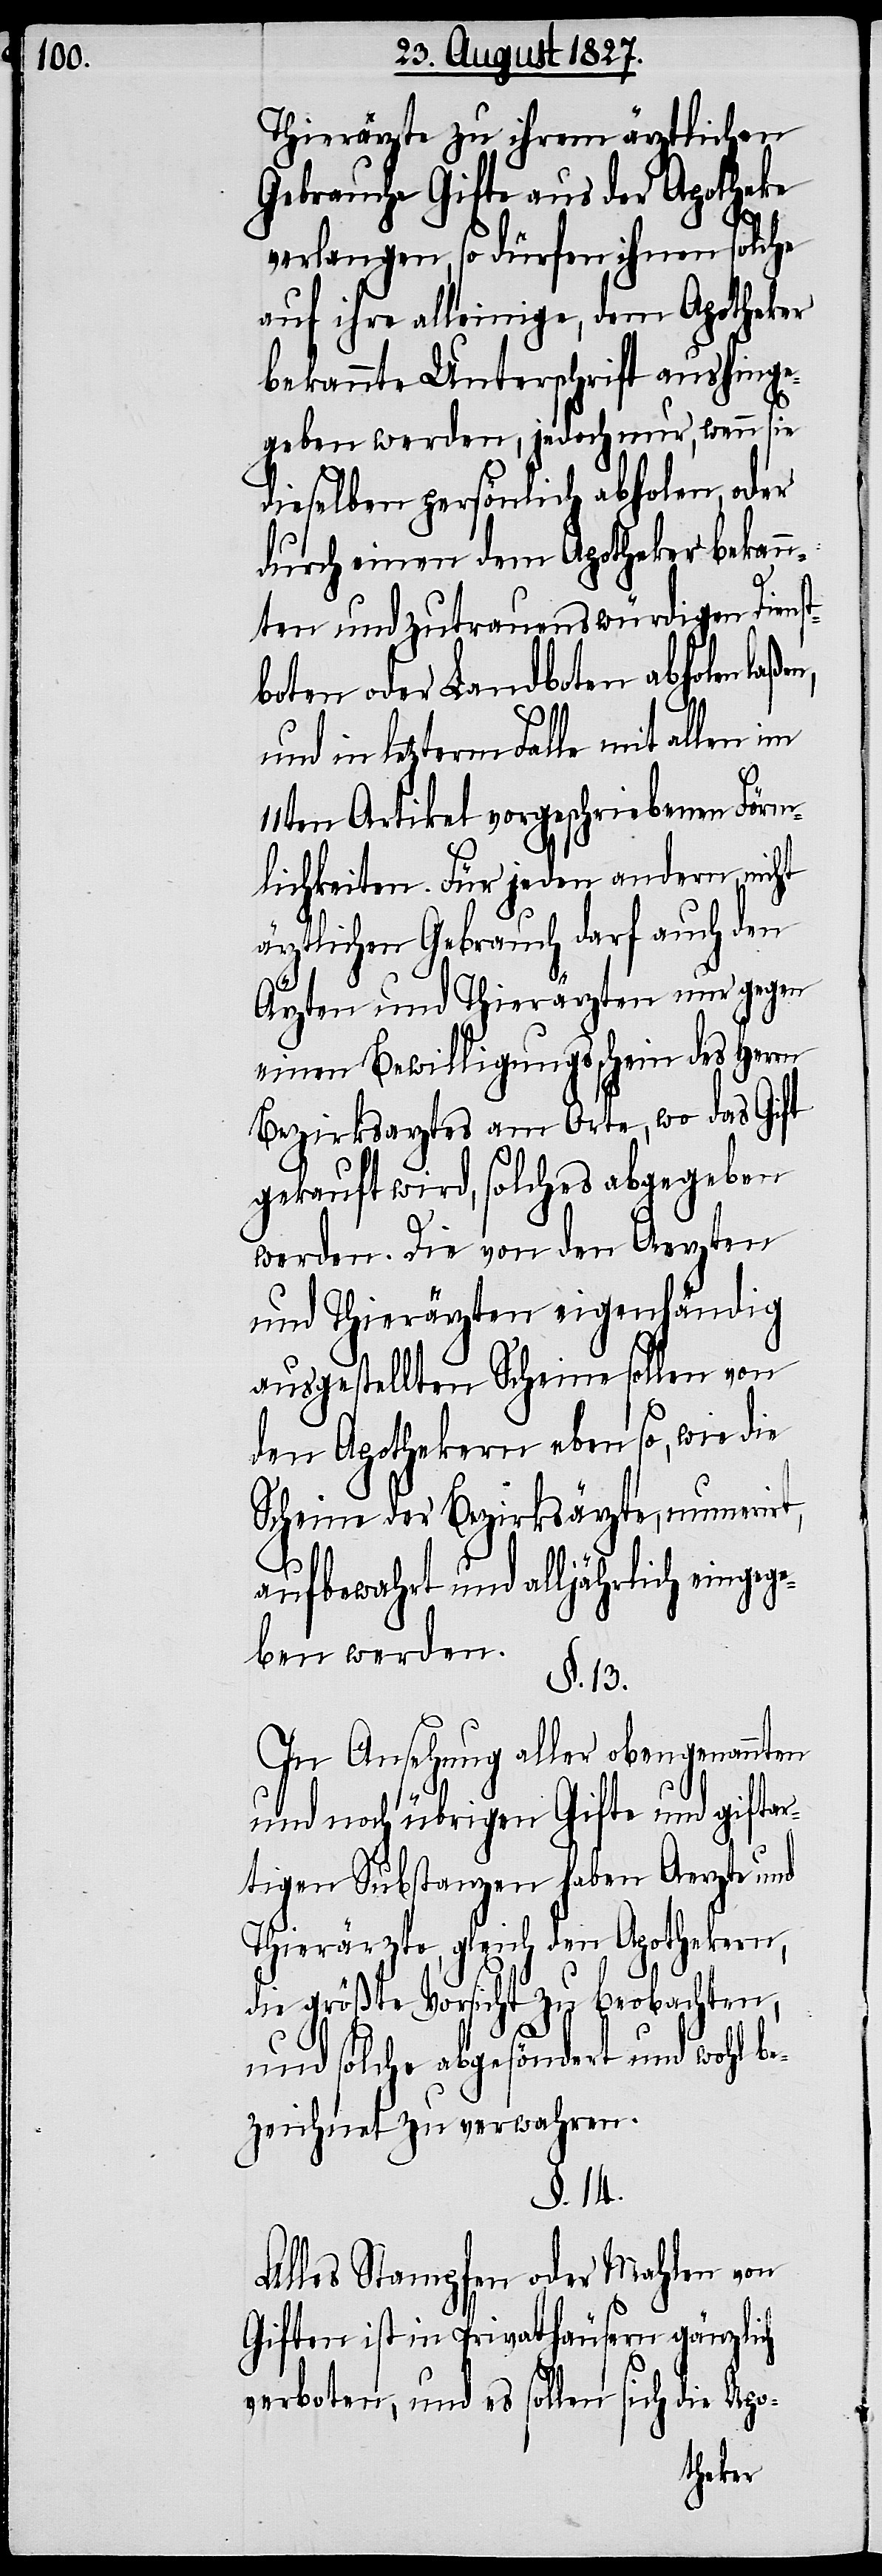
Thierärzte zu ihrem ärztlichen
Gebrauche Gifte aus der Apotheke
verlangen, so dürfen ihnen solche
auf ihre alleinige, dem Apotheker
bekannte Unterschrift aushinge¬
geben werden, jedoch nur, wenn sie
dieselben persönlich abholen, oder
durch einen dem Apotheker bekann¬
ten und zutrauenswürdigen Diens¬
tboten oder Landboten abholen
in letzterm Falle mit allen im
11ten Artikel vorgeschriebenen Förm¬
lichkeiten. Für jeden andern, nicht
ärztlichen Gebrauch darf auch den
Ärzten und Thierärzten nur gegen
einen Bewilligungsschein des Herrn
Bezirksarztes am Orte, wo das Gift
gekauft wird, solches abgegeben
werden. Die von den Aerzten
und Thierärzten eigenhändig
ausgestellten Scheine sollen von
den Apothekern eben so, wie die
Scheine der Bezirkärzte, numerirt,
aufbewahrt und alljährlich eingeg¬
eben werden.
§. 13.
In Ansehung aller obengenannten
und noch übrigen Gifte und gifta¬
rtigen Substanzen haben Aerzte und
Thierärtze, gleich den Apothekern,
die größte Vorsicht zu beobachten,
und solche abgesöndert und wohl be¬
zeichnet zu verwahren.
§. 14.
Alles Stampfen oder Mahlen von
Giften ist in Privathäusern gänzlich
verboten, und es sollen sich die Apo-